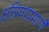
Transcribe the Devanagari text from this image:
क्षत्रियांप्रमाणें